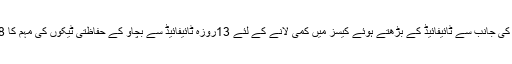
واضح رہے کہ حکومت سندھ کی جانب سے ٹائیفائیڈ کے بڑھتے ہوئے کیسز میں کمی لانے کے لئے 13روزہ ٹائیفائیڈ سے بچاؤ کے حفاظتی ٹیکوں کی مہم کا 18 نومبر سے آغاز ہوگیا ہے ۔